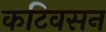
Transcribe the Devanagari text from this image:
कटिवसन